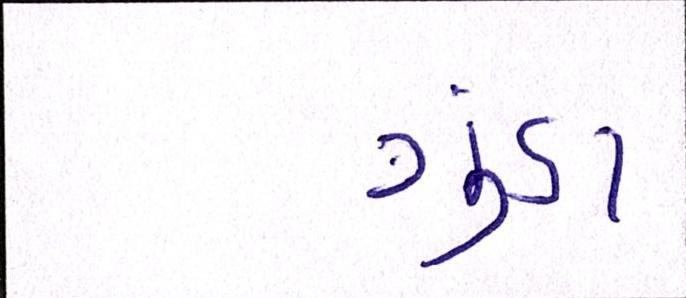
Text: ગુંડા